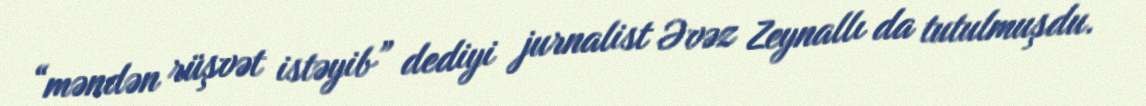
“məndən rüşvət istəyib” dediyi jurnalist Əvəz Zeynallı da tutulmuşdu.